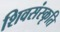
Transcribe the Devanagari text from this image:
शिवसंस्कृति